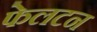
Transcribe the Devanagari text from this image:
फेलटन